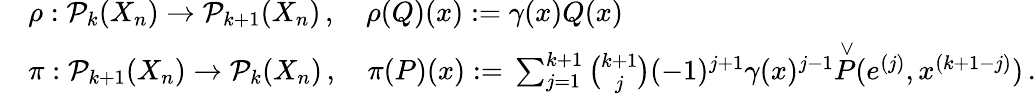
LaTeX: \begin{array}{rl}&{\rho:\mathcal{P}_{k}(X_{n})\to\mathcal{P}_{k+1}(X_{n})\, ,\quad\rho(Q)(x):=\gamma(x)Q(x)}\\ &{\pi:\mathcal{P}_{k+1}(X_{n})\to\mathcal{P}_{k}(X_{n})\, ,\quad\pi(P)(x):=\, \sum_{j=1}^{k+1}\binom{k+1}{j}(-1)^{j+1}\gamma(x)^{j-1}\overset{\vee}{P}(e^{(j)},x^{(k+1-j)})\, .}\end{array}